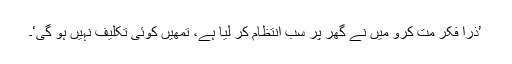
’ذرا فکر مت کرو میں نے گھر پر سب انتظام کر لیا ہے، تمھیں کوئی تکلیف نہیں ہو گی‘۔